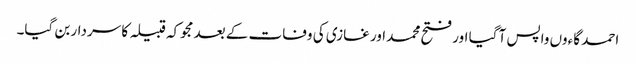
احمد گاءوں واپس آ گیا اور فتح محمد اور غازی کی وفات کے بعد مجوکہ قبیلہ کا سردار بن گیا۔